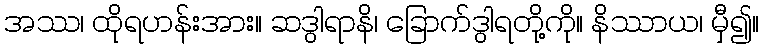
အဿ၊ ထိုရဟန်းအား။ ဆဒွါရာနိ၊ ခြောက်ဒွါရတို့ကို။ နိဿာယ၊ မှီ၍။